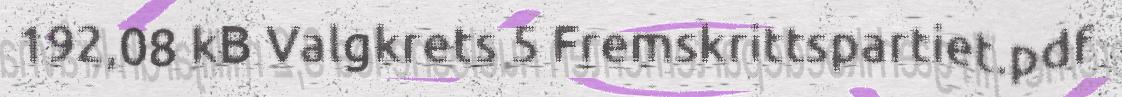
192,08 kB Valgkrets 5 Fremskrittspartiet.pdf